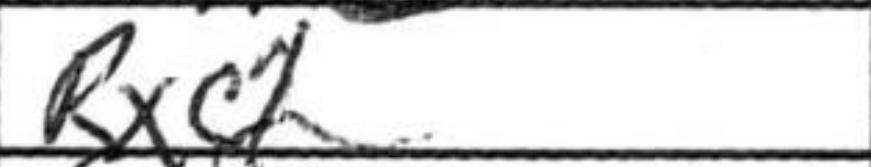
Transcription: Rxc1